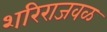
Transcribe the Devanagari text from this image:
शरिराजवळ